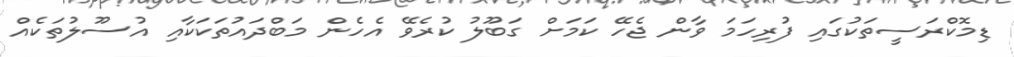
ޑިމޮކްރަސީތަކުގައި ފުރިހަމަ ވާން ޖެހޭ ކަމަށް ގަބޫލު ކުރެވޭ އެހެން މަބްދައުތަކަކާއި އުސޫލުތަކެއް